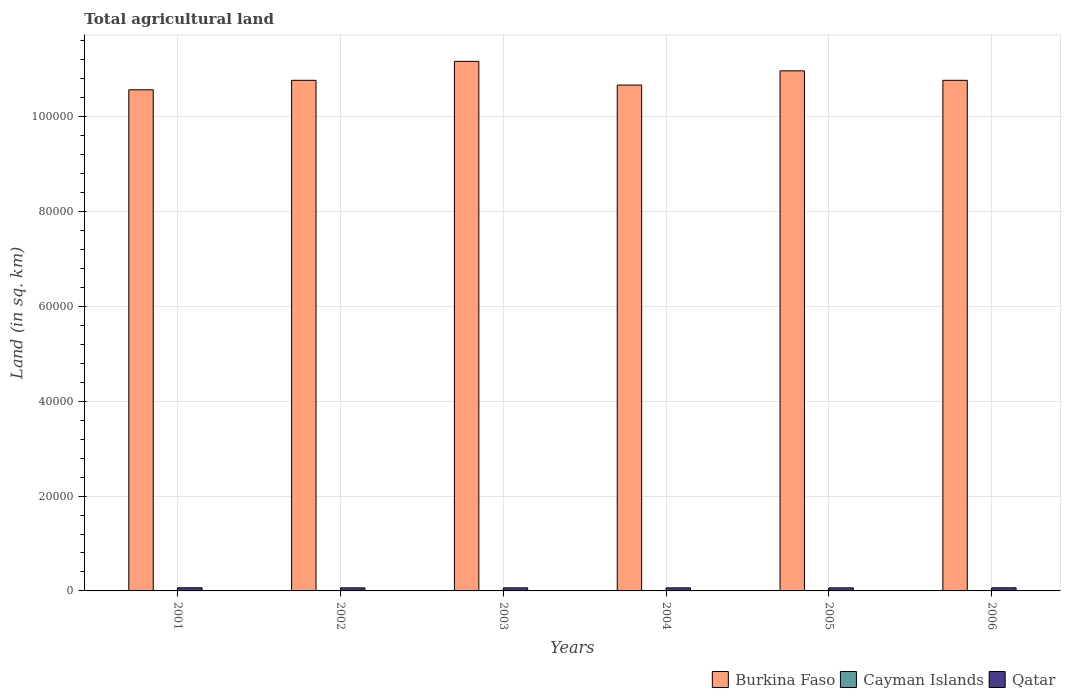
| Years | Burkina Faso | Cayman Islands | Qatar |
 | --- | --- | --- | --- |
 | 2001 | 1.06e+05 | 27 | 663 |
 | 2002 | 1.08e+05 | 27 | 645 |
 | 2003 | 1.12e+05 | 27 | 646 |
 | 2004 | 1.07e+05 | 27 | 646 |
 | 2005 | 1.1e+05 | 27 | 642 |
 | 2006 | 1.08e+05 | 27 | 656 |